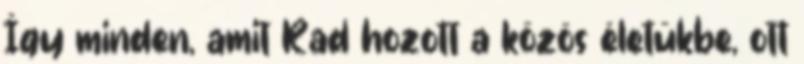
Így minden, amit Rad hozott a közös életükbe, ott